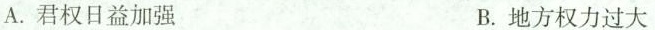
A.君权日益加强 B.地方权力过大